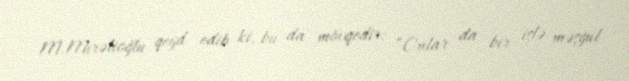
M.Mirəlioğlu qeyd edib ki, bu da mövqedir: “Onlar da bir işlə məşğul